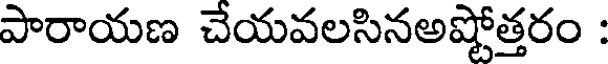
పారాయణ చేయవలసినఅష్టోత్తరం :